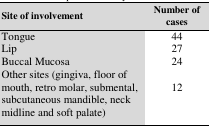
<table><thead><tr><td><b>Site of involvement</b></td><td><b>Number of cases</b></td></tr></thead><tbody><tr><td>Tongue</td><td>44</td></tr><tr><td>Lip</td><td>27</td></tr><tr><td>Buccal Mucosa</td><td>24</td></tr><tr><td>Other sites (gingiva, floor of mouth, retro molar, submental, subcutaneous mandible, neck midline and soft palate)</td><td>12</td></tr></tbody></table>